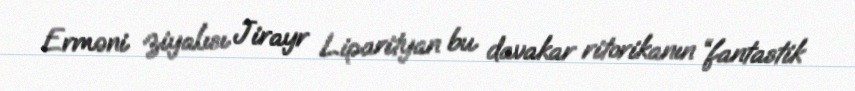
Erməni ziyalısı Jirayr Liparityan bu davakar ritorikanın “fantastik